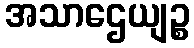
အသာဌေယျဉ္စ